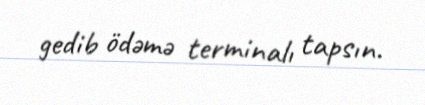
gedib ödəmə terminalı tapsın.